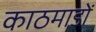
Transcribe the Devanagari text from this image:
काठमाडों